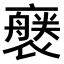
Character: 𧝢